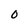
Character: O